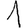
Digit: 1